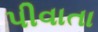
પીવાતા